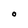
Character: O